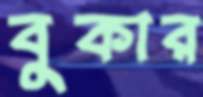
বুকার